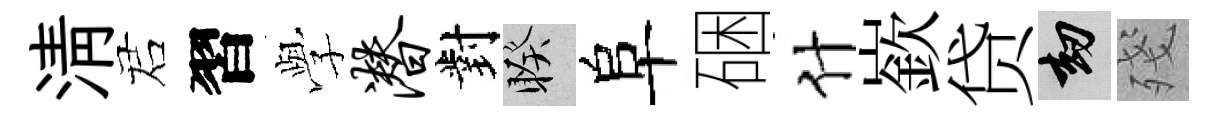
淸诺習𫝯潜對睽阜硱什嶔贷劫殘